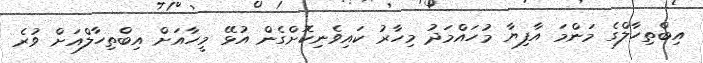
އިބްތިހާލްގެ މަންމަ އާފިޔާ މުހައްމަދު މިހާރު ކައިވެނިކޮށްގެން އުޅޭ މީހާއަށް އިބްތިހާލްއަށް ވުރެ